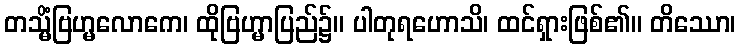
တသ္မိံဗြဟ္မလောကေ၊ ထိုဗြဟ္မာပြည်၌။ ပါတုရဟောသိ၊ ထင်ရှားဖြစ်၏။ တိဿော၊